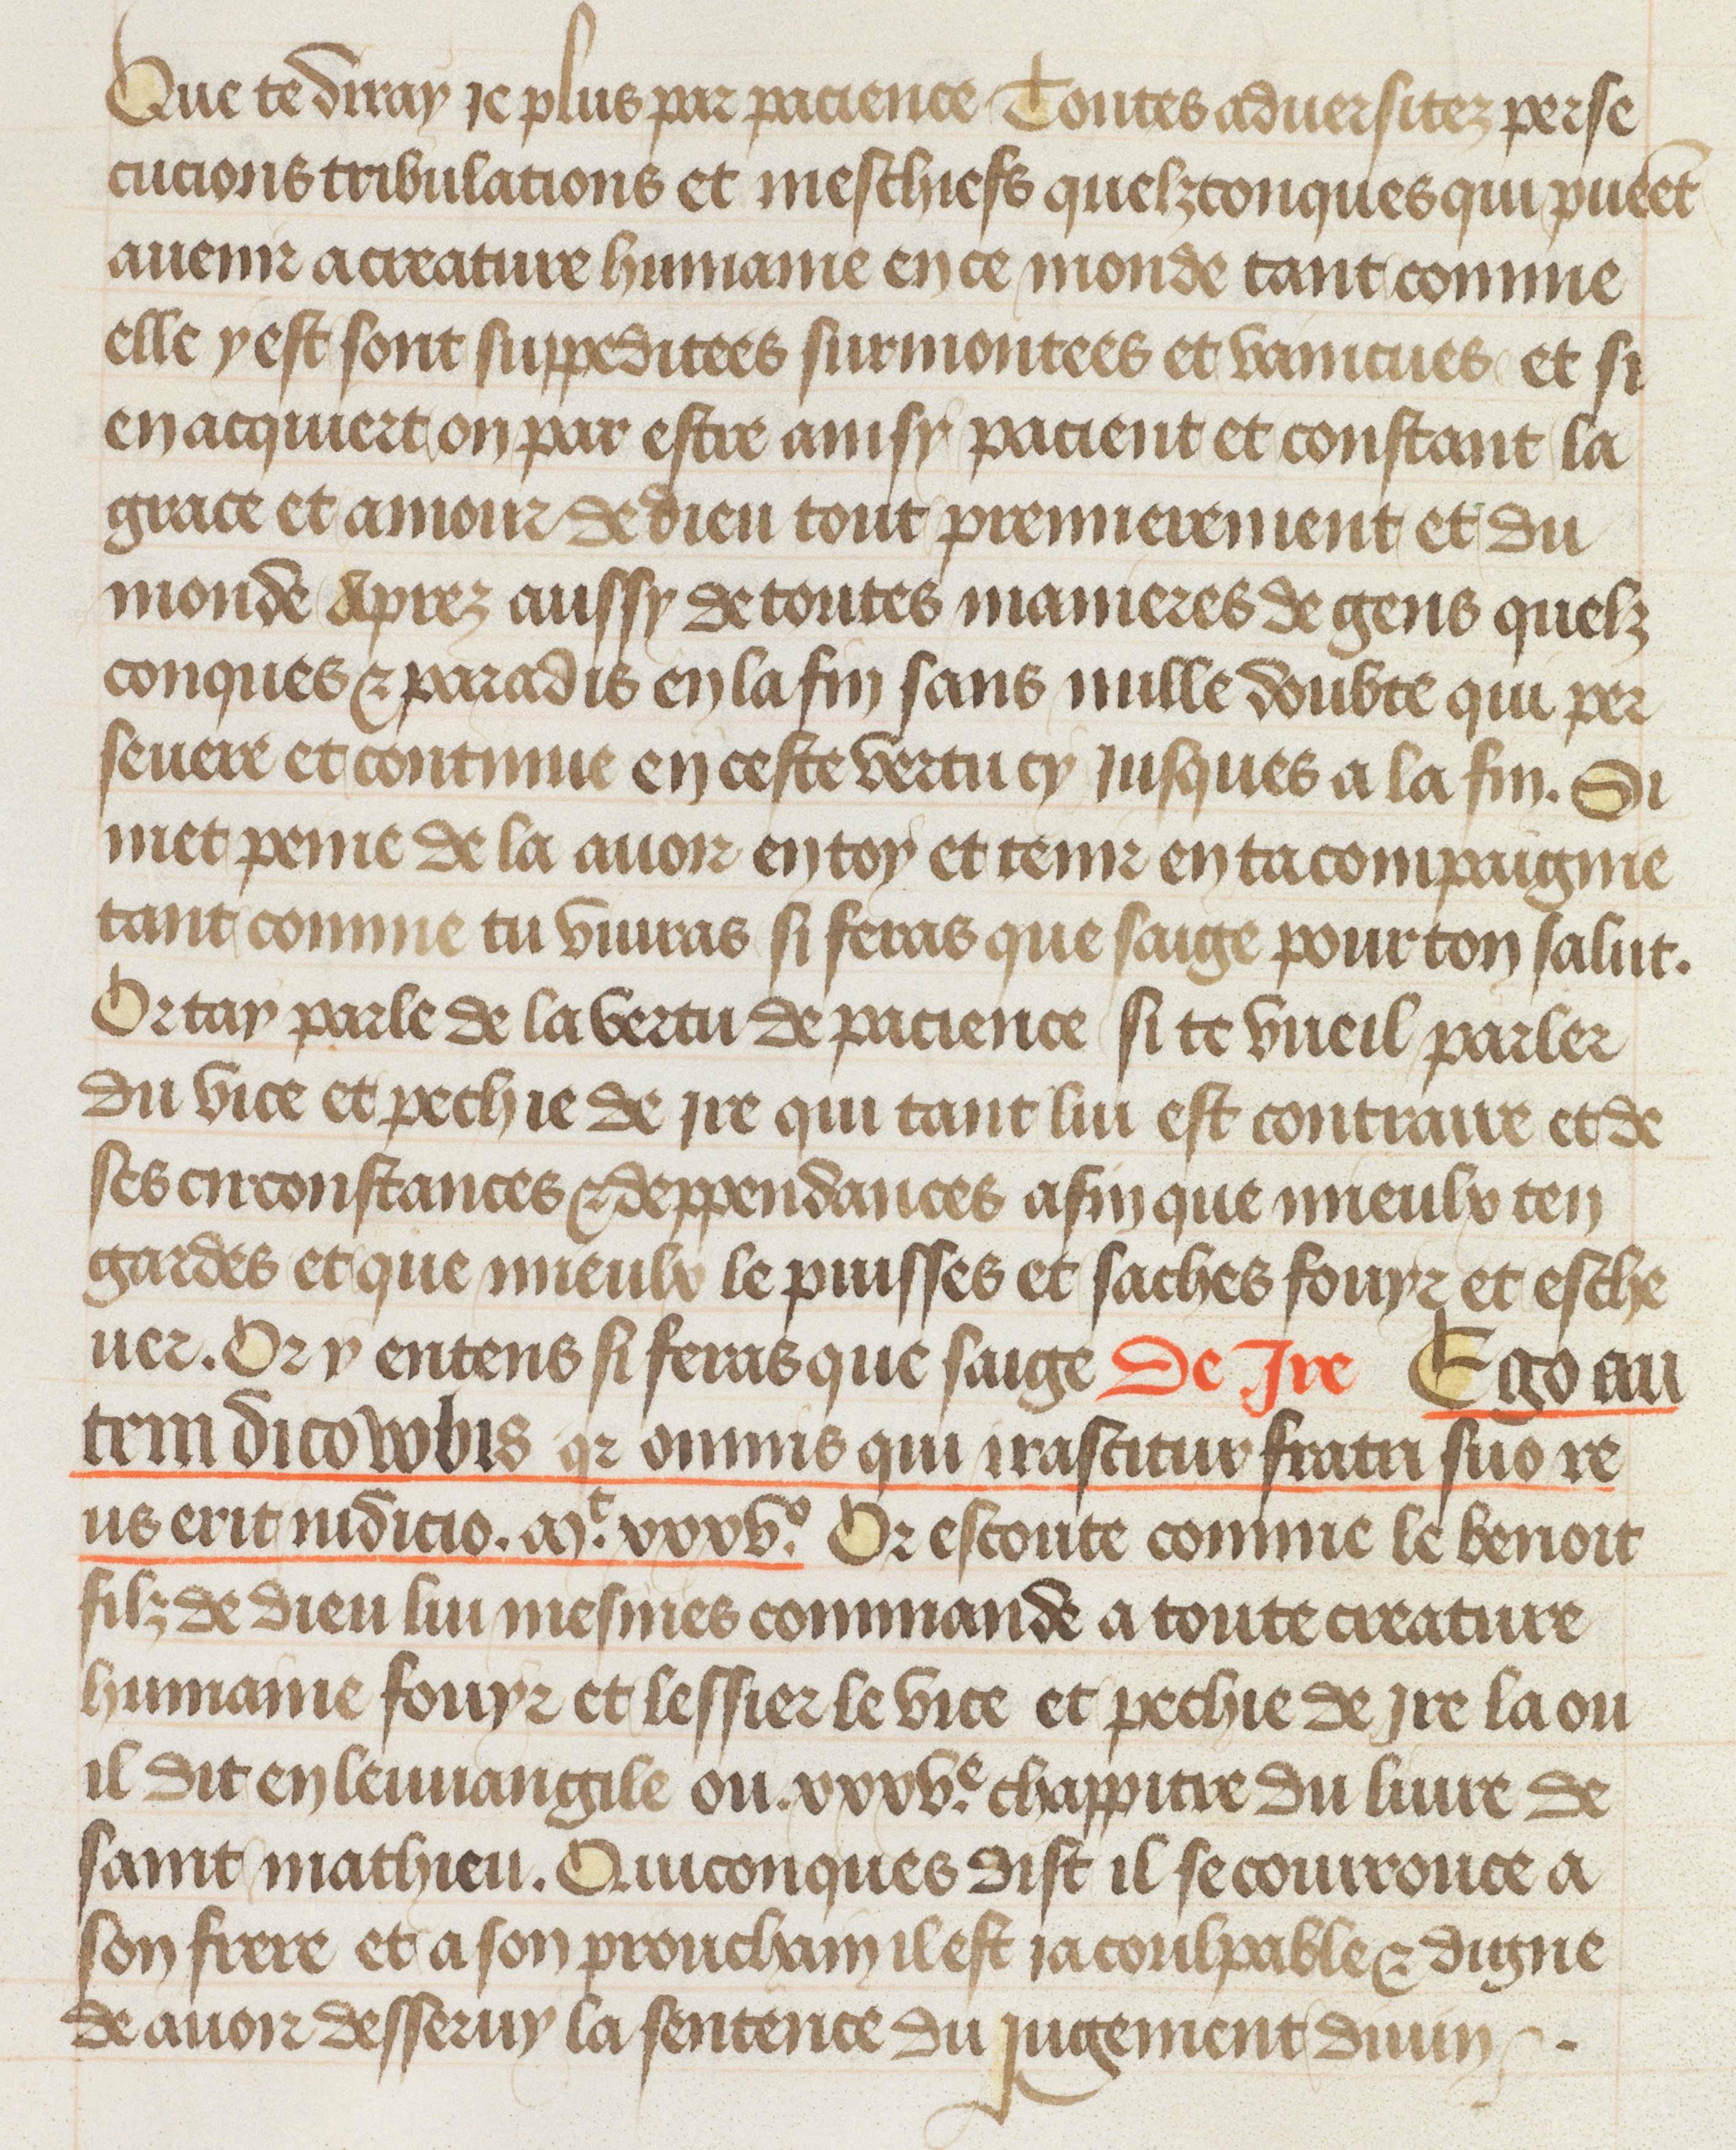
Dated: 1412–1415